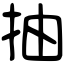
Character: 抽